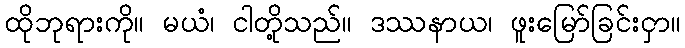
ထိုဘုရားကို။ မယံ၊ ငါတို့သည်။ ဒဿနာယ၊ ဖူးမြော်ခြင်းငှာ။